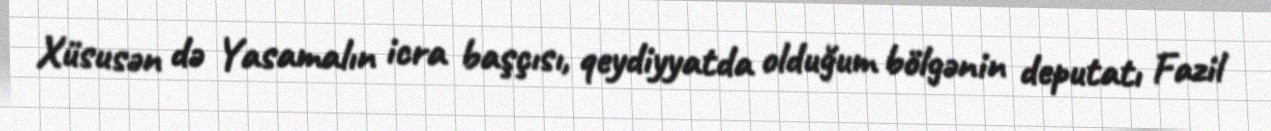
Xüsusən də Yasamalın icra başçısı, qeydiyyatda olduğum bölgənin deputatı Fazil